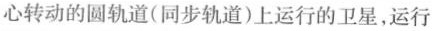
心转动的圆轨道(同步轨道)上运行的卫星，运行